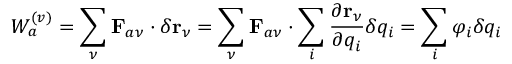
W _ { a } ^ { ( v ) } = \sum _ { \nu } \mathbf { F } _ { a \nu } \cdot \delta \mathbf { r } _ { \nu } = \sum _ { \nu } \mathbf { F } _ { a \nu } \cdot \sum _ { i } \frac { \partial \mathbf { r } _ { \nu } } { \partial q _ { i } } \delta q _ { i } = \sum _ { i } \varphi _ { i } \delta q _ { i }